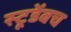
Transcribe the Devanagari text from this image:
स्टूडेंबच